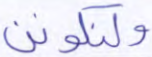
ولنكونن